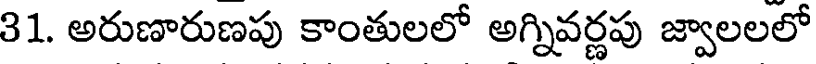
31. అరుణారుణపు కాంతులలో అగ్నివర్ణపు జ్వాలలలో